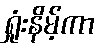
ရှုံးနိမ့်ကာ